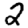
Digit: 2